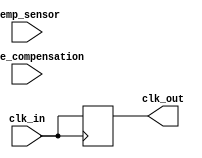
module TempCompClockBuffer (
    input wire clk_in,               // Input clock signal
    input wire [7:0] temp_sensor,    // Digital output from temperature sensor
    input wire enable_compensation,   // Enable temperature compensation
    output reg clk_out               // Buffered output clock signal
);

// Parameters for temperature compensation (example values)
parameter TEMP_MIN = 8'h00; // Minimum temperature value
parameter TEMP_MAX = 8'hFF; // Maximum temperature value
parameter CLK_FREQ_BASE = 100; // Base clock frequency in MHz

// Compensation factor (example)
reg [7:0] compensation_factor;

// Clock generation logic
always @(posedge clk_in) begin
    if (enable_compensation) begin
        // Calculate compensation factor based on temperature
        compensation_factor <= (temp_sensor - TEMP_MIN) * (CLK_FREQ_BASE / (TEMP_MAX - TEMP_MIN));
    end else begin
        compensation_factor <= 8'h00; // No compensation
    end
end

// Output buffering logic
always @(posedge clk_in) begin
    // Adjust the output clock based on the compensation factor
    // This is a simplified representation; in reality, this would involve PLL/DLL
    clk_out <= clk_in; // Directly assign for simplicity (replace with actual buffering logic)
end

endmodule